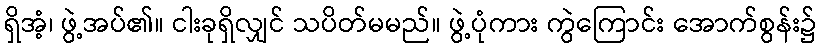
ရှိအံ့၊ ဖွဲ့အပ်၏။ ငါးခုရှိလျှင် သပိတ်မမည်။ ဖွဲ့ပုံကား ကွဲကြောင်း အောက်စွန်း၌